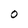
Character: O